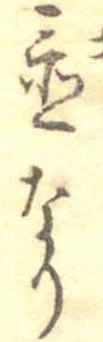
置なり